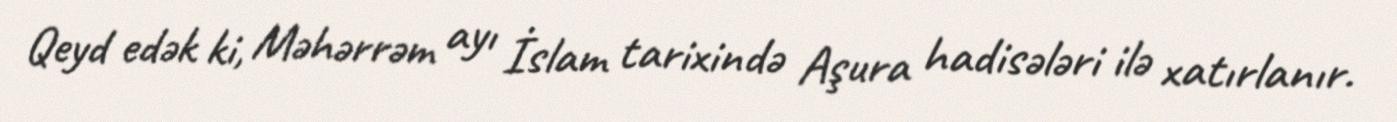
Qeyd edək ki, Məhərrəm ayı İslam tarixində Aşura hadisələri ilə xatırlanır.